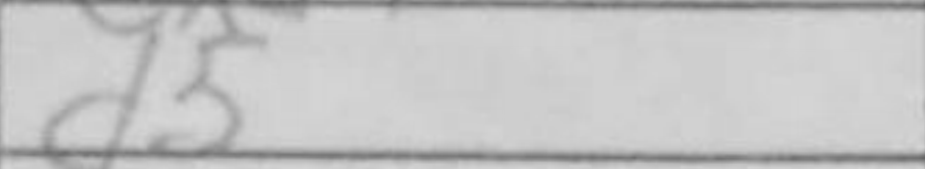
Transcription: d5